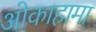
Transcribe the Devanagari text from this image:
ओकाहामा